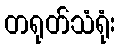
တရုတ်သံရုံး